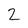
Character: 2